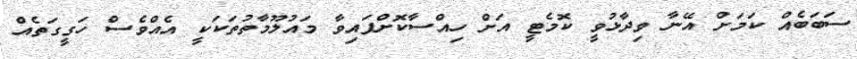
ސަބަބެއް ކަމަށް އޭނާ ވިދާޅުވީ ކޮމެޓީ އަށް ހިއްސާކޮށްފައިވާ މައުލޫމާތުތަކަކީ އެއްވެސް ހަގީގަތެއް